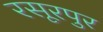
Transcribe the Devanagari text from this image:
रसूरपुर